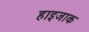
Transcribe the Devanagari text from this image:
हाइजाक